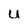
Character: U